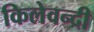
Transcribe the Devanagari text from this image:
किलेवन्दी